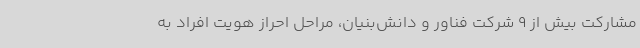
مشارکت بیش از 9 شرکت فناور و دانش‌بنیان، مراحل احراز هویت افراد به